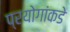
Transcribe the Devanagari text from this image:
प्रयोगांकडे